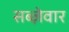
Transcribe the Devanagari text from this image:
सब्ज़ेवार